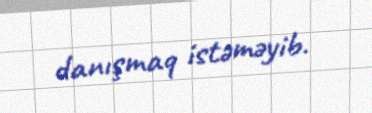
danışmaq istəməyib.